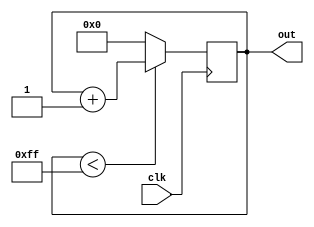
module upcounter(clk, out);

input clk;
output[7:0] out;
reg[7:0] out;


always @(posedge clk)
begin 
	if (out < 8'b11111111)
		out = out + 1;
	else
		out <= 8'b00000000;
end
endmodule